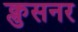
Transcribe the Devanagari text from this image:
क्लुसनर